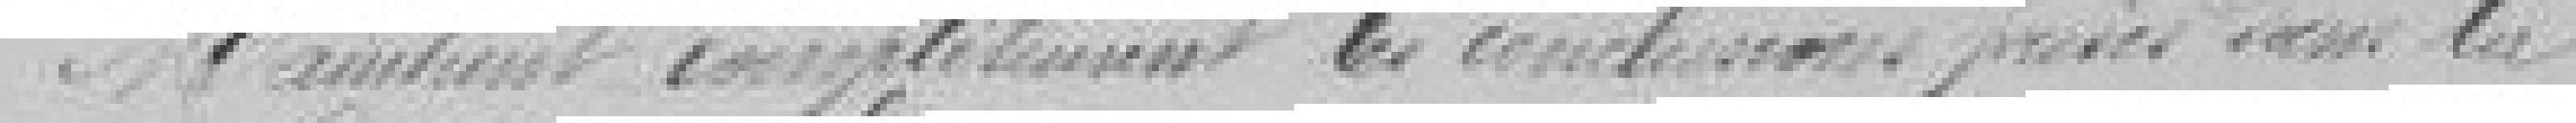
Mandant complètement les conclusions prises dans la